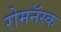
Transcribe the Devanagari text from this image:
रोमनॅस्क